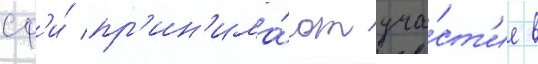
сф'и́ пр'ин'има́ют уча́ст'ие в